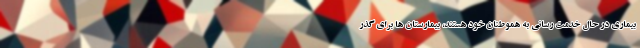
بیماری در حال خدمت رسانی به هموطنان خود هستند، بیمارستان ها برای گذر